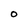
Character: O